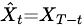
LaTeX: \scriptstyle\hat{X}_{t}=X_{T-t}